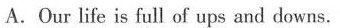
A.Our life is full of ups and downs.